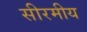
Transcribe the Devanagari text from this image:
सीरमीय